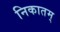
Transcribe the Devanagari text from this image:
निकातम्